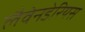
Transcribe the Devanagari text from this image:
लैवेनडेरियस